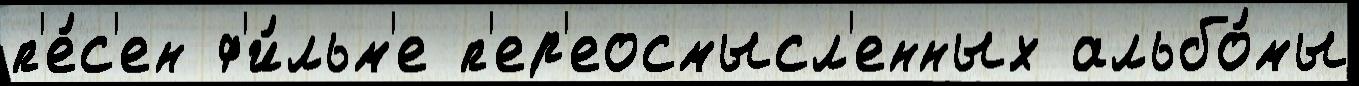
п'е́с'ен ф'и́льм'е п'ер'еосмысл'енных альбо́мы